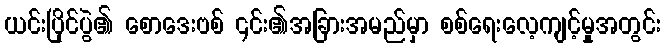
ယင်းပြိုင်ပွဲ၏ စောဒေးဗစ် ၎င်း၏အခြားအမည်မှာ စစ်ရေးလေ့ကျင့်မှုအတွင်း